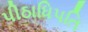
પીઠાધિપતિ